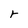
Character: r